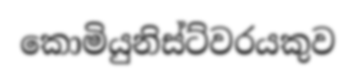
කොමියුනිස්ට්වරයකුව